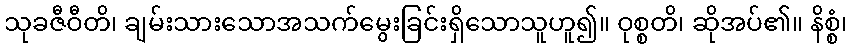
သုခဇီဝီတိ၊ ချမ်းသားသောအသက်မွေးခြင်းရှိသောသူဟူ၍။ ဝုစ္စတိ၊ ဆိုအပ်၏။ နိစ္စံ၊